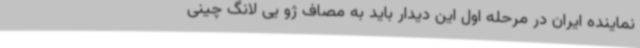
نماینده ایران در مرحله اول این دیدار باید به مصاف ژو یی لانگ چینی